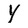
Character: Y